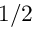
1 / 2